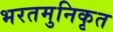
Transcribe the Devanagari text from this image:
भरतमुनिकृत